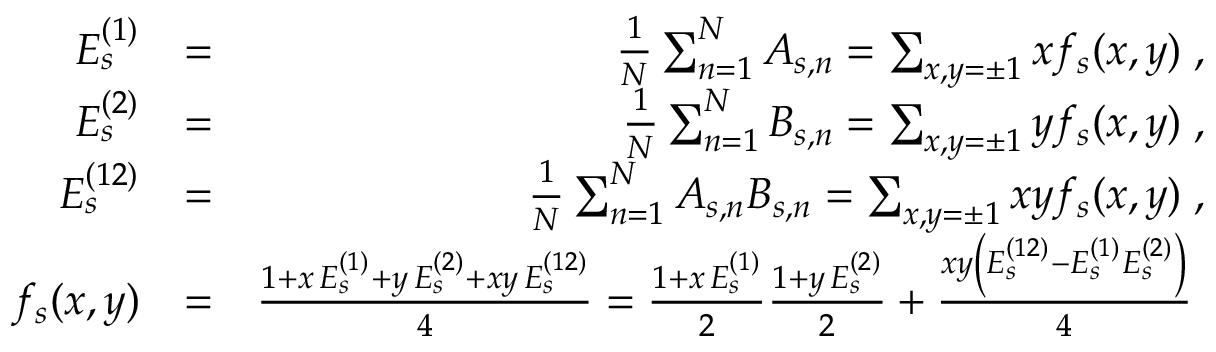
\begin{array} { r l r } { E _ { s } ^ { ( 1 ) } } & { = } & { \frac { 1 } { N } \sum _ { n = 1 } ^ { N } A _ { s , n } = \sum _ { x , y = \pm 1 } x f _ { s } ( x , y ) \; , } \\ { E _ { s } ^ { ( 2 ) } } & { = } & { \frac { 1 } { N } \sum _ { n = 1 } ^ { N } B _ { s , n } = \sum _ { x , y = \pm 1 } y f _ { s } ( x , y ) \; , } \\ { E _ { s } ^ { ( 1 2 ) } } & { = } & { \frac { 1 } { N } \sum _ { n = 1 } ^ { N } A _ { s , n } B _ { s , n } = \sum _ { x , y = \pm 1 } x y f _ { s } ( x , y ) \; , } \\ { f _ { s } ( x , y ) } & { = } & { \frac { 1 + x \, E _ { s } ^ { ( 1 ) } + y \, E _ { s } ^ { ( 2 ) } + x y \, E _ { s } ^ { ( 1 2 ) } } { 4 } = \frac { 1 + x \, E _ { s } ^ { ( 1 ) } } { 2 } \frac { 1 + y \, E _ { s } ^ { ( 2 ) } } { 2 } + \frac { x y \left( E _ { s } ^ { ( 1 2 ) } - E _ { s } ^ { ( 1 ) } E _ { s } ^ { ( 2 ) } \right) } { 4 } \; } \end{array}